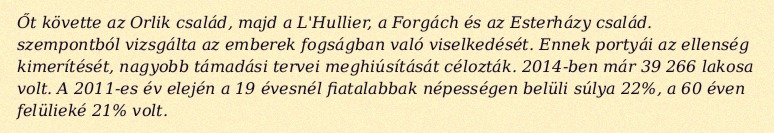
Őt követte az Orlik család, majd a L'Hullier, a Forgách és az Esterházy család. szempontból vizsgálta az emberek fogságban való viselkedését. Ennek portyái az ellenség kimerítését, nagyobb támadási tervei meghiúsítását célozták. 2014-ben már 39 266 lakosa volt. A 2011-es év elején a 19 évesnél fiatalabbak népességen belüli súlya 22%, a 60 éven felülieké 21% volt.